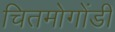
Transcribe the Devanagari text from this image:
चितमोगोंडी